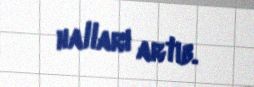
halları artıb.